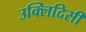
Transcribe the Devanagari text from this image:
उक्लिदिसी